Indian journal of veterinary science and animal husbandry - Volume 10,
Year: 1940
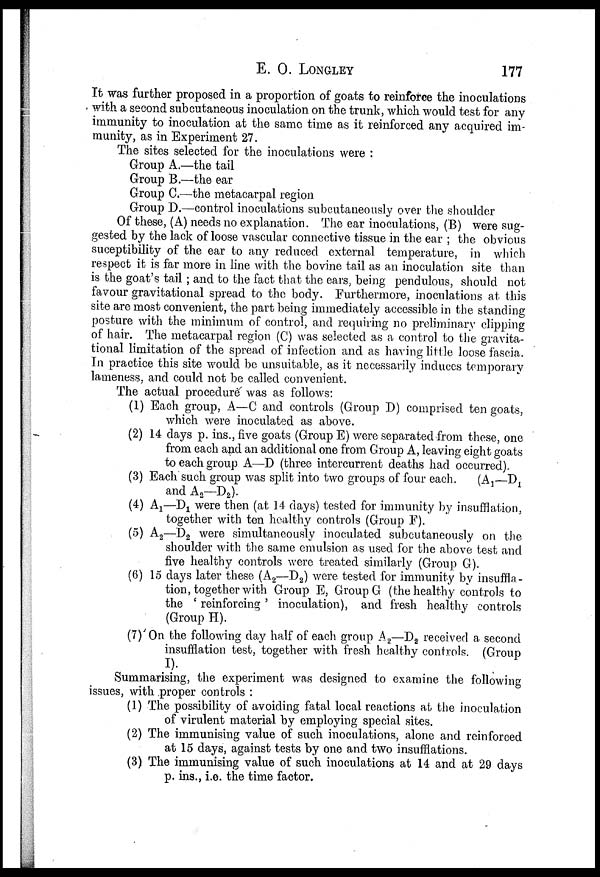
E.O.LONGLEY
177
It was further proposed in a proportion of goats to reinforce the inoculations
with a second subcutaneous inoculation on the trunk, which would test for any
immunity to inoculation at the same time as it reinforced any acquired im-
munity, as in Experiment 27.
The sites selected for the inoculations were :
Group A.—the tail
Group B.—the ear
Group C.—the metacarpal region
Group D.—control inoculations subcutaneously over the shoulder
Of these, (A) needs no explanation. The ear inoculations, (B) were sug-
gested by the lack of loose vascular connective tissue in the ear ; the obvious
suceptibility of the ear to any reduced external temperature, in which
respect it is far more in line with the bovine tail as an inoculation site than
is the goat's tail ; and to the fact that the ears, being pendulous, should not
favour gravitational spread to the body. Furthermore, inoculations at this
site are most convenient, the part being immediately accessible in the standing
posture with the minimum of control, and requiring no preliminary clipping
of hair. The metacarpal region (C) was selected as a control to the gravita-
tional limitation of the spread of infection and as having little loose fascia.
In practice this site would be unsuitable, as it necessarily induces temporary
lameness, and could not be called convenient.
The actual procedure was as follows:
(1) Each group, A—C and controls (Group D) comprised ten goats,
which were inoculated as above.
(2) 14 days p. ins., five goats (Group E) were separated from these, one
from each and an additional one from Group A, leaving eight goats
to each group A—D (three intercurrent deaths had occurred)
(3) Each such group was split into two groups of four each.
(A 1 —D 1
and A 2 —D 2 ).
(4) A 1 —D 1 were then (at 14 days) tested for immunity by insufflation,
together with ten healthy controls (Group F).
(5) A 2 —D 2 were simultaneously inoculated subcutaneously on the
shoulder with the same emulsion as used for the above test and
five healthy controls were treated similarly (Group G).
(6) 15 days later these (A 2 —D 2 ) were tested for immunity by insuffla-
tion, together with Group E, Group G (the healthy controls to
the ' reinforcing ' inoculation), and fresh healthy controls
(Group H).
(7) On the following day half of each group A 2 —D 2 received a second
insufflation test, together with fresh healthy controls. (Group
I).
Summarising, the experiment was designed to examine the following
issues, with proper controls :
(1) The possibility of avoiding fatal local reactions at the inoculation
of virulent material by employing special sites.
(2) The immunising value of such inoculations, alone and reinforced
at 15 days, against tests by one and two insufflations.
(3) The immunising value of such inoculations at 14 and at 29 days
p. ins., i.e. the time factor.